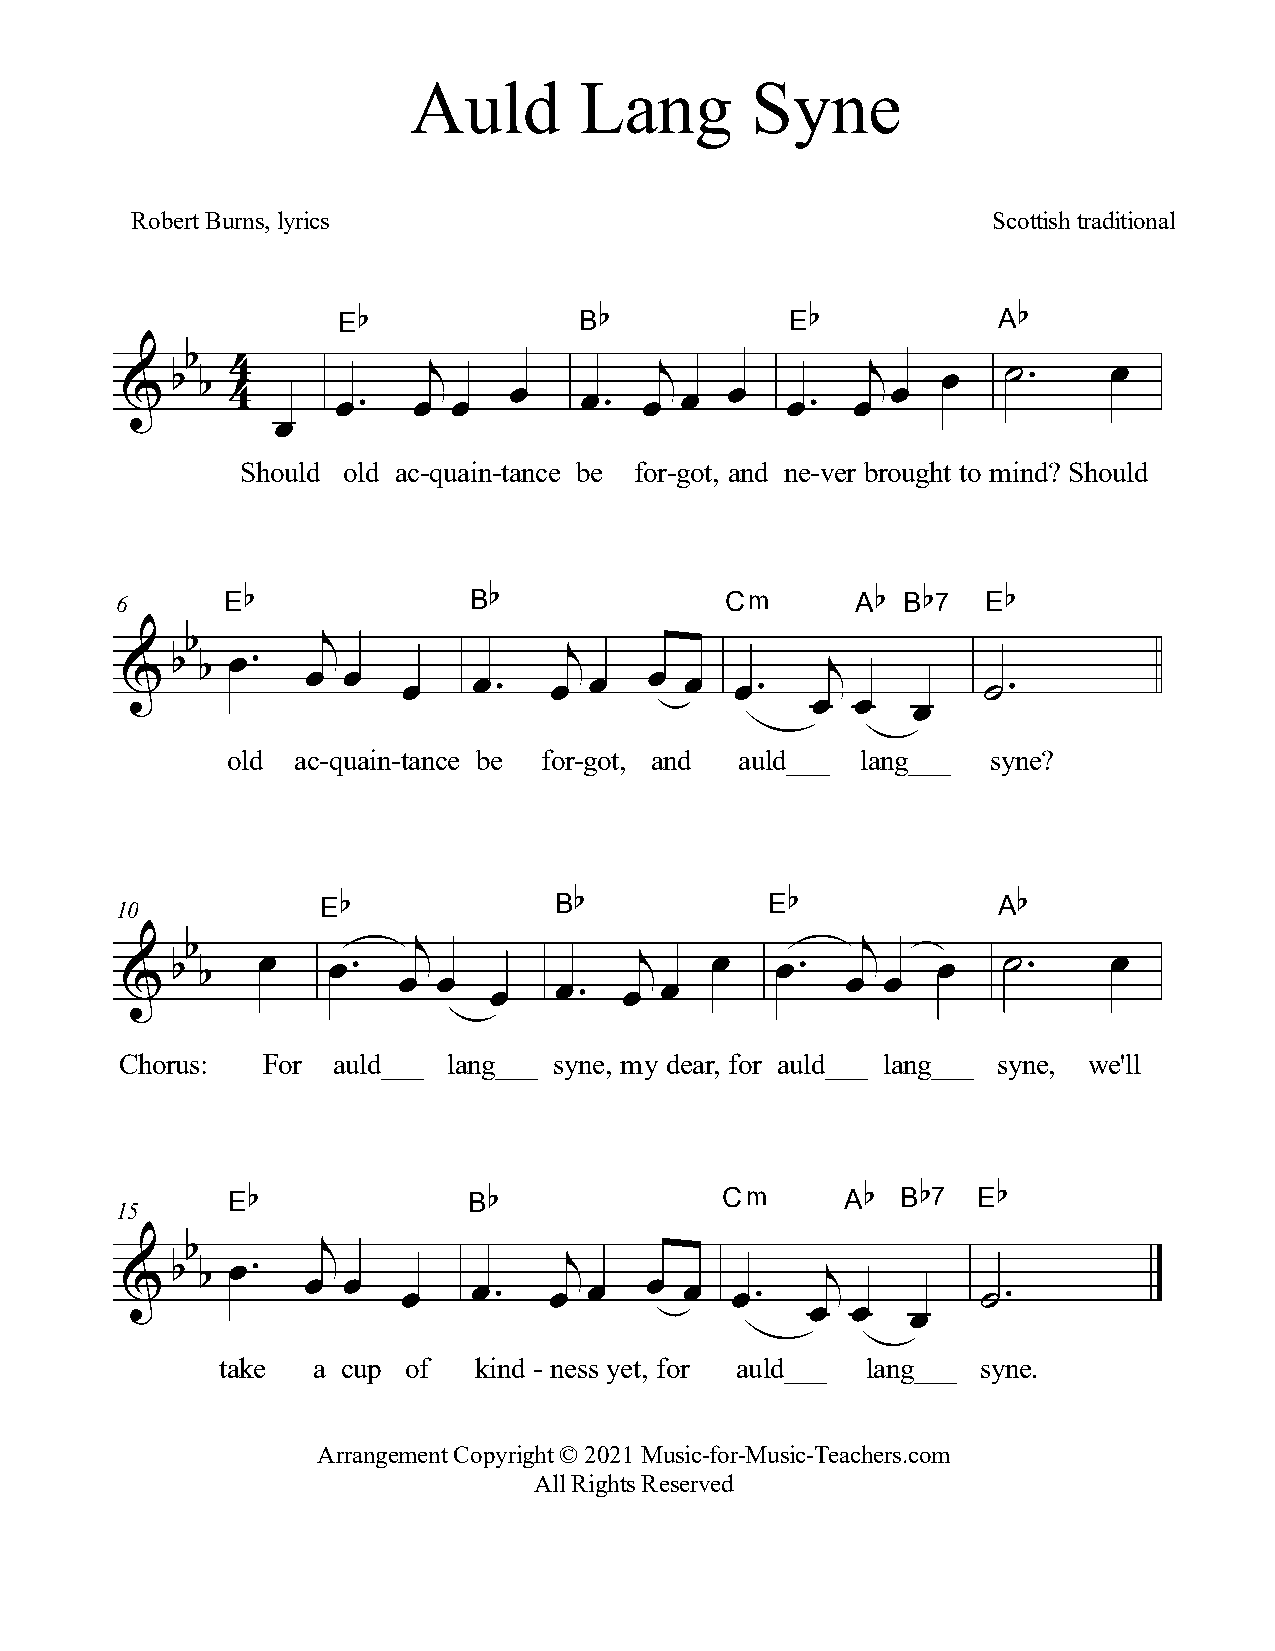
Auld       Lang        Syne
 RobertBurns,lyrics                                       Scottishtraditional
 E α             B α           E α           A α
 α
 3
 α
 ι               ι             ι
 œ
 ˙−     œ
 α
 %      3                  œ             œ          œ
 œ−   œ  œ       œ−   œ œ      œ−   œ
 œ
 Should old ac-quain-tance be for-got, and ne-ver brought to mind? Should
 6      E α             B α              Cm       A α B α7 E α
 α        ι
 α   œ−                     ι
 α                                         ι
 %           œ  œ                   œ
 œ   œ−   œ  œ     œ   œ−              ˙−
 œ  œ
 œ
 old ac-quain-tance be for-got, and auld___ lang___ syne?
 10           E α             B α           E α            A α
 α               ι                            ι
 α     œ    œ−                  ι    œ   œ−         œ   ˙−      œ
 α
 %                 œ  œ                          œ  œ
 œ
 œ−
 œ
 œ
 Chorus:  For  auld___ lang___ syne, my dear, for auld___ lang___ syne, we'll
 15     E α             B α              Cm      A α B α7 E α
 α        ι
 α   œ−                     ι
 α                                         ι
 %           œ  œ                   œ
 œ   œ−   œ  œ     œ  œ−               ˙−
 œ œ
 œ
 take   a cup of  kind - ness yet, for auld___ lang___ syne.
 ArrangementCopyright©2021Music-for-Music-Teachers.com
 AllRightsReserved